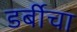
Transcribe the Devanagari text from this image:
डर्बीचा